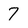
Character: 7